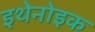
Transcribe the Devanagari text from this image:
इथेनोइक